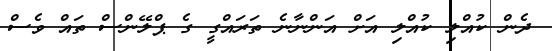
ދެން ކުއްލި ކުއްލި އަށް އަންނާނެ ތަރައްގީ ގެ ޕްލޭންސް ތައް ވެސް